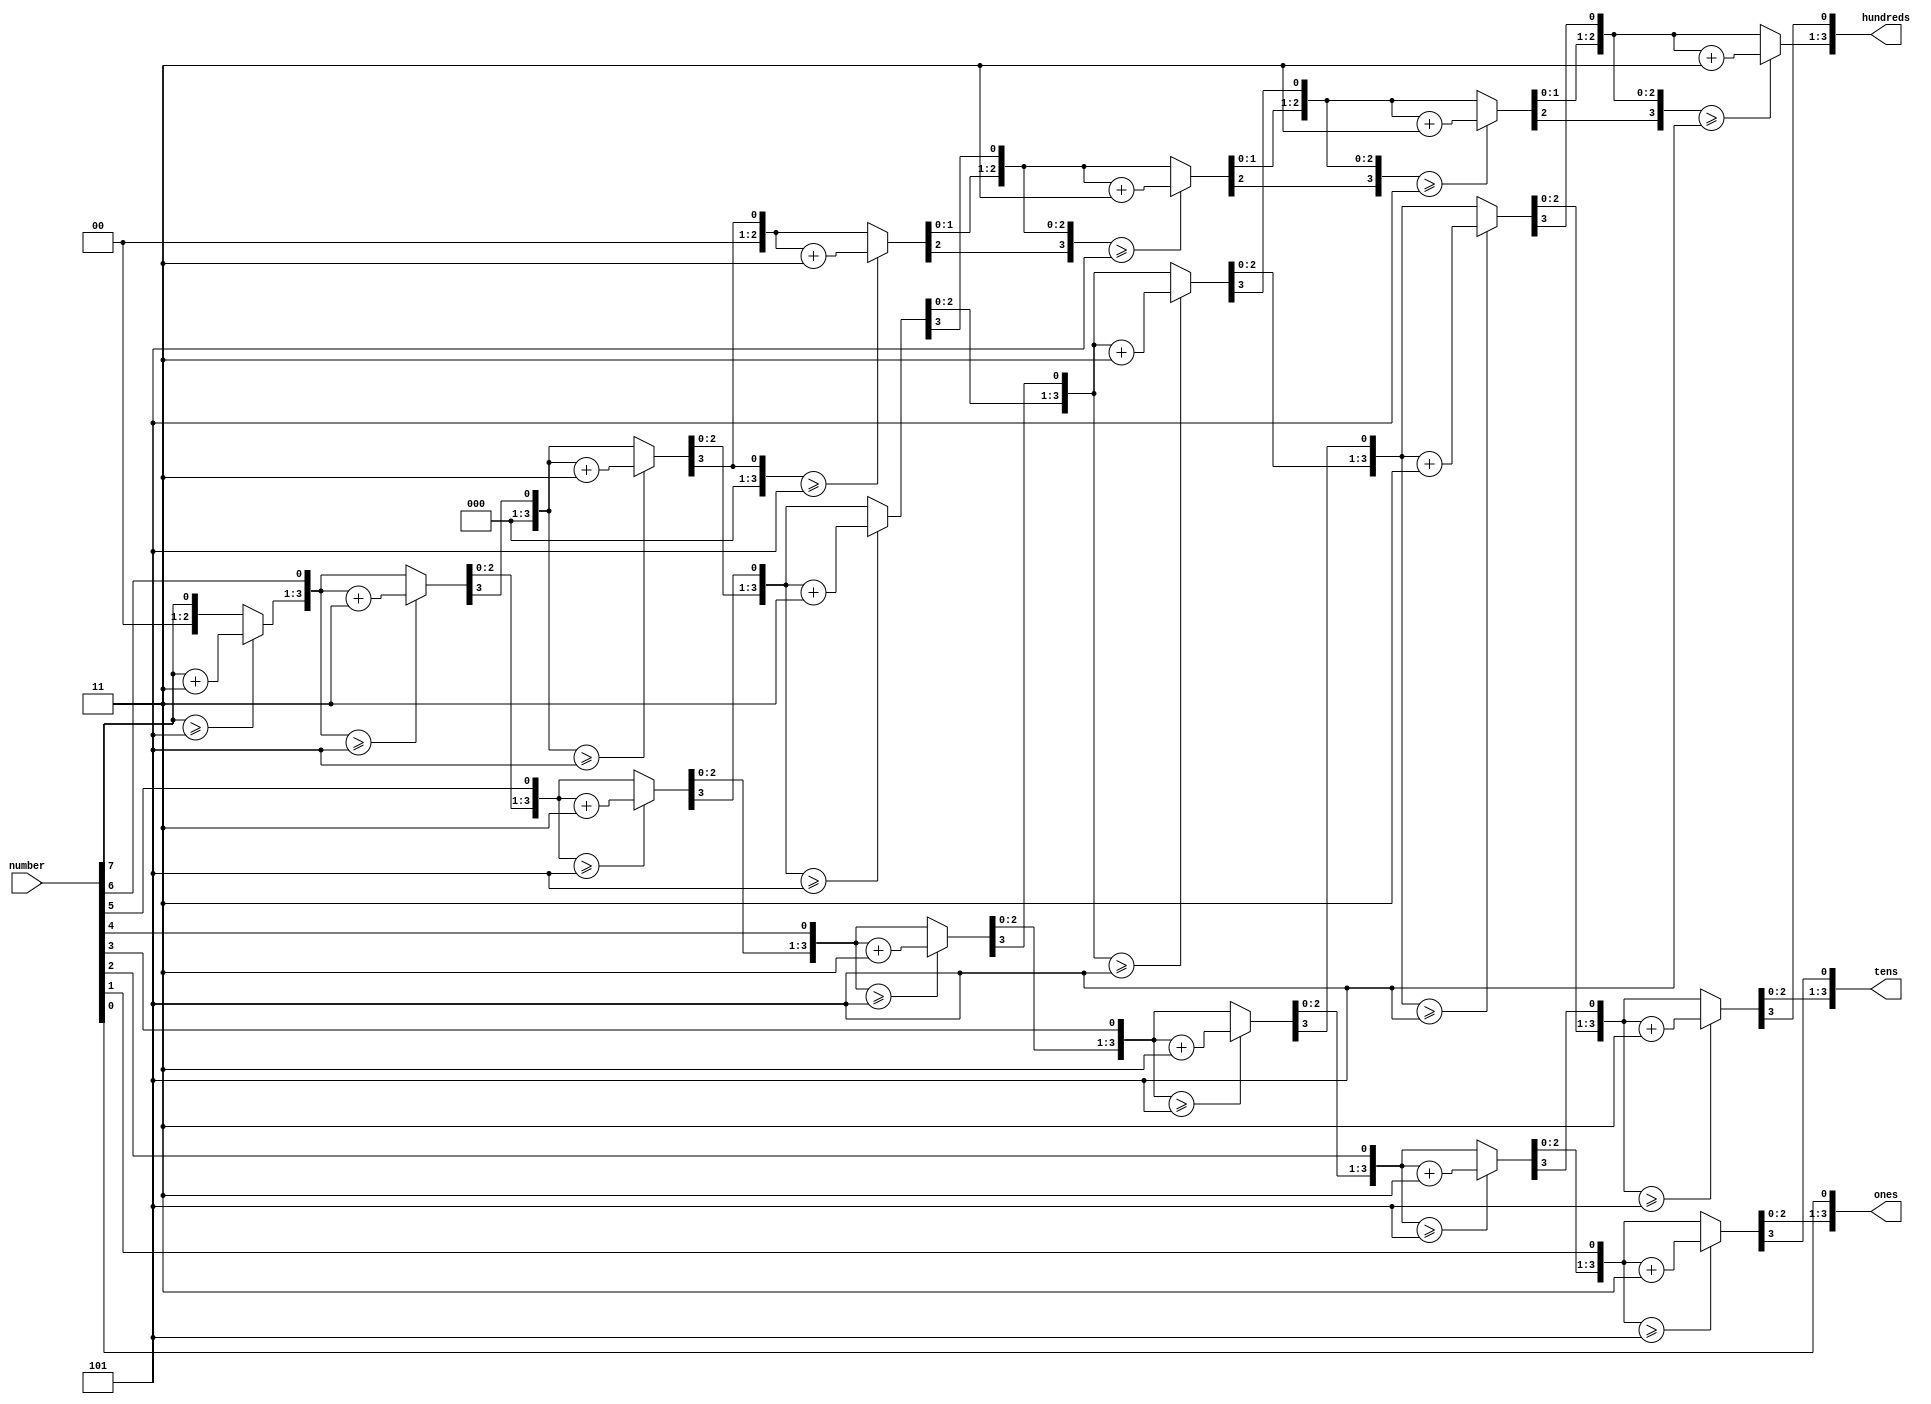
`timescale 1ns / 1ps
//////////////////////////////////////////////////////////////////////////////////
// Company: 
// Engineer: 
// 
// Design Name: 
// Module Name:    binary_to_BCD 
// Project Name: 
// Target Devices: 
// Tool versions: 
// Description: 
//
// Dependencies: 
//
// Revision: 
// Revision 0.01 - File Created
// Additional Comments: 
//
//////////////////////////////////////////////////////////////////////////////////
module binary_to_BCD(
    input [7:0] number,
    output reg [3:0] ones,
    output reg[3:0] tens,
    output reg[3:0] hundreds
    );

   // Internal variable for storing bits

   reg [19:0] shift;

   integer i;

  

   always @(number)

   begin

      // Clear previous number and store new number in shift register

      shift[19:8] = 0;

      shift[7:0] = number;

      

      // Loop eight times

      for (i=0; i<8; i=i+1) begin

         if (shift[11:8] >= 5)

            shift[11:8] = shift[11:8] + 3;

            

         if (shift[15:12] >= 5)

            shift[15:12] = shift[15:12] + 3;

            

         if (shift[19:16] >= 5)

            shift[19:16] = shift[19:16] + 3;

        

         // Shift entire register left once

         shift = shift << 1;

      end

      

      // Push decimal numbers to output

      hundreds = shift[19:16];

      tens     = shift[15:12];

      ones     = shift[11:8];

   end

endmodule